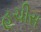
હચીસ